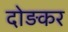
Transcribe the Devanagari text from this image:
दोड़कर